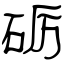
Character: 砺